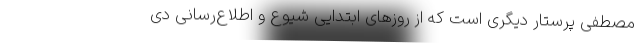
مصطفی پرستار دیگری است که از روزهای ابتدایی شیوع و اطلاع‌رسانی دی